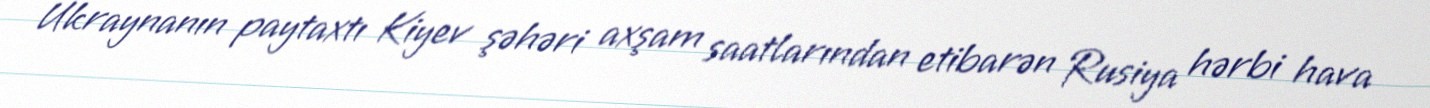
Ukraynanın paytaxtı Kiyev şəhəri axşam saatlarından etibarən Rusiya hərbi hava